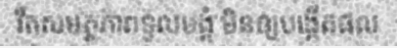
រឹតសមត្ថភាពទូលបង្គំ មិនឲ្យបង្កើតផល